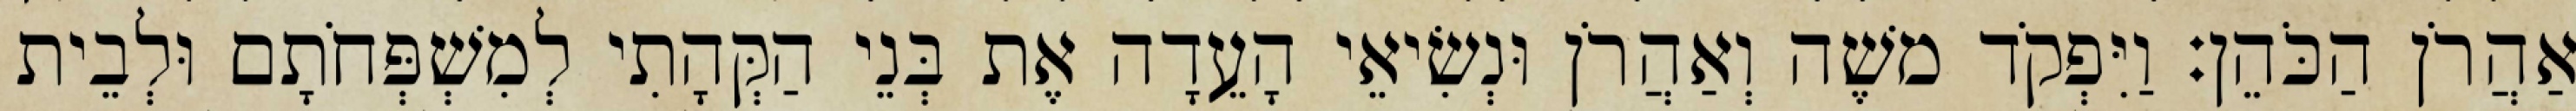
אַהֲרֹן הַכֹּהֵן׃ וַיִּפְקֹד משֶׁה וְאַהֲרֹן וּנְשִׂיאֵי הָעֵדָה אֶת בְּנֵי הַקְּהָתִי לְמִשְׁפְּחֹתָם וּלְבֵית